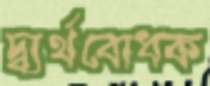
দ্ব্যর্থবোধক